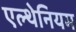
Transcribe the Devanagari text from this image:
एल्थेनियम